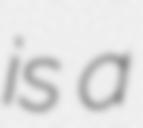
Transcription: is a